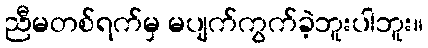
ညီမတစ်ရက်မှ မပျက်ကွက်ခဲ့ဘူးပါဘူး။